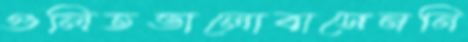
গুলিতভালোবাসেননি